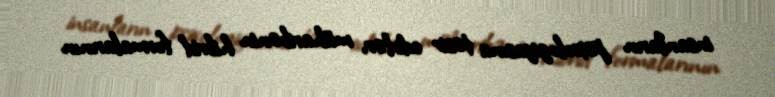
insanların psixologiyasına təsir edirlər, müharibənin hibrid formalarının